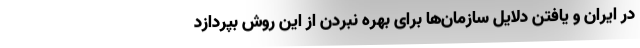
در ایران و یافتن دلایل سازمان‌ها برای بهره نبردن از این روش بپردازد